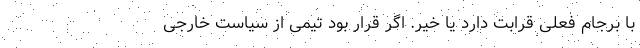
با برجام فعلی قرابت دارد یا خیر. اگر قرار بود تیمی از سیاست خارجی